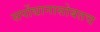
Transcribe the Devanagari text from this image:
सर्पोद्यानासोबतच